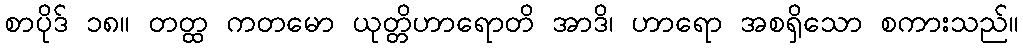
စာပိုဒ် ၁၈။ တတ္ထ ကတမော ယုတ္တိဟာရောတိ အာဒိ၊ ဟာရော အစရှိသော စကားသည်။